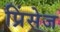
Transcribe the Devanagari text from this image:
प्रिंसेज